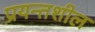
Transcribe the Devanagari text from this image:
प्रयन्तशील